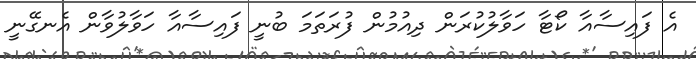
އެ ފައިސާއާ ކޯޓާ ހަވާލުކުރަން ދިއުމުން ފުރަތަމަ ބުނީ ފައިސާއާ ހަވާލުވާން އެނގޭނީ